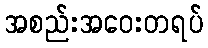
အစည်းအဝေးတရပ်